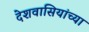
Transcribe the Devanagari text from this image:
देशवासियांच्या